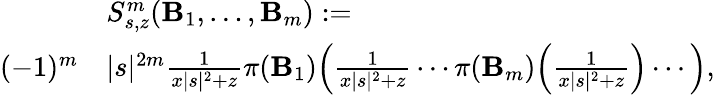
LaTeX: \begin{array}{rl}&{S_{s,z}^{m}(\mathbf{B}_{1},\ldots,\mathbf{B}_{m}):=}\\ {(-1)^{m}}&{|s|^{2m}\frac{1}{x|s|^{2}+z}\pi(\mathbf{B}_{1})\Big(\frac{1}{x|s|^{2}+z}\cdots\pi(\mathbf{B}_{m})\Big(\frac{1}{x|s|^{2}+z}\Big)\cdots\Big),}\end{array}